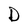
Character: D